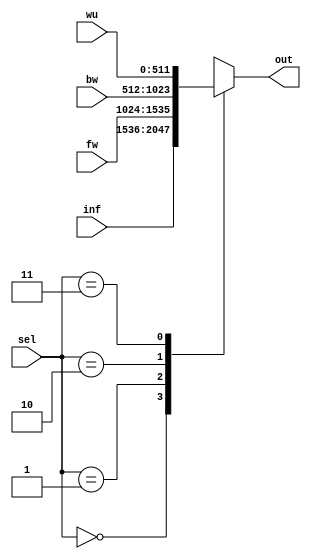
module mux_4to1_case #(    
	parameter dataWidth = 32,
    parameter SysDimension = 16
	)

(   input [dataWidth*SysDimension-1:0] inf,                 // 4-bit input called a
    input [dataWidth*SysDimension-1:0] fw,                 // 4-bit input called b
    input [dataWidth*SysDimension-1:0] bw,                 // 4-bit input called c
    input [dataWidth*SysDimension-1:0] wu,                 // 4-bit input called d
    input [1:0] sel,               // input sel used to select between a,b,c,d
    output reg [dataWidth*SysDimension-1:0] out);         // 4-bit output based on input sel
 
   // This always block gets executed whenever a/b/c/d/sel changes value
   // When that happens, based on value in sel, output is assigned to either a/b/c/d
   always @ (inf or fw or bw or wu or sel) begin
      case (sel)
         2'b00 : out <= inf;
         2'b01 : out <= fw;
         2'b10 : out <= bw;
         2'b11 : out <= wu;
      endcase
   end
endmodule